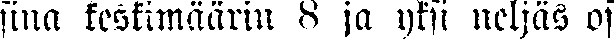
sina keskimäärin 8 ja yksi neljäs os